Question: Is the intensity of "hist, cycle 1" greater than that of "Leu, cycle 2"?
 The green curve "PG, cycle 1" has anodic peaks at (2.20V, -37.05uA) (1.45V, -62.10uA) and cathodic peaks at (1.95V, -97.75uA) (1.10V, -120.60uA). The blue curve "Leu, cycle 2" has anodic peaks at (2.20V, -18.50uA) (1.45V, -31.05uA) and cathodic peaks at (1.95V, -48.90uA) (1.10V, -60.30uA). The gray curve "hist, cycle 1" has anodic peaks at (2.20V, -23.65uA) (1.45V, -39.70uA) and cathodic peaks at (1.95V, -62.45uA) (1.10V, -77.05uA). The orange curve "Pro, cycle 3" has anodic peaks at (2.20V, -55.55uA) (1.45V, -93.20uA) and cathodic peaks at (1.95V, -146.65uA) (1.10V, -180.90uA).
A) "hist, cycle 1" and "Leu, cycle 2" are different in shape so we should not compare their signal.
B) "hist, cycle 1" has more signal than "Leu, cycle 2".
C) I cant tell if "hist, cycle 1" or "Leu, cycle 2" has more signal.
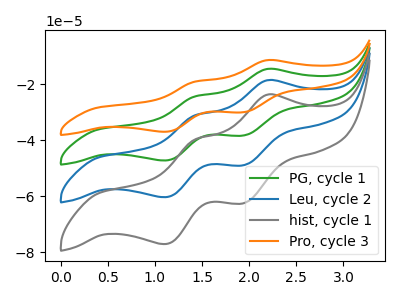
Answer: <think>All the peaks in "hist, cycle 1" have a peak in "Leu, cycle 2" at the same potential.
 </think>
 <answer>C) I cant tell if "hist, cycle 1" or "Leu, cycle 2" has more signal.</answer>
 <eval>C</eval>